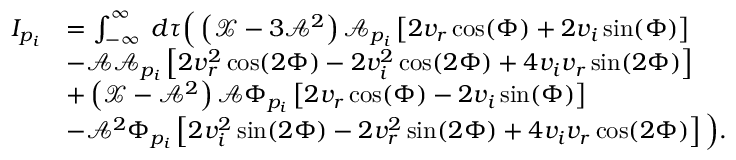
\begin{array} { r l } { I _ { p _ { i } } } & { = \int _ { - \infty } ^ { \infty } \; d \tau \Big ( \left( \mathcal { X } - 3 \mathcal { A } ^ { 2 } \right) \mathcal { A } _ { p _ { i } } \left[ 2 v _ { r } \cos ( \Phi ) + 2 v _ { i } \sin ( \Phi ) \right] } \\ & { - \mathcal { A } \mathcal { A } _ { p _ { i } } \left[ 2 v _ { r } ^ { 2 } \cos ( 2 \Phi ) - 2 v _ { i } ^ { 2 } \cos ( 2 \Phi ) + 4 v _ { i } v _ { r } \sin ( 2 \Phi ) \right] } \\ & { + \left( \mathcal { X } - \mathcal { A } ^ { 2 } \right) \mathcal { A } \Phi _ { p _ { i } } \left[ 2 v _ { r } \cos ( \Phi ) - 2 v _ { i } \sin ( \Phi ) \right] } \\ & { - \mathcal { A } ^ { 2 } \Phi _ { p _ { i } } \left[ 2 v _ { i } ^ { 2 } \sin ( 2 \Phi ) - 2 v _ { r } ^ { 2 } \sin ( 2 \Phi ) + 4 v _ { i } v _ { r } \cos ( 2 \Phi ) \right] \Big ) . } \end{array}